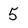
Character: 5